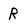
Character: R